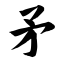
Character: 矛